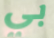
بي